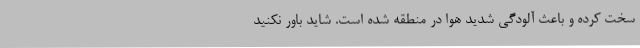
سخت کرده ‌و باعث آلودگی شدید هوا در منطقه شده است. شاید باور نکنید